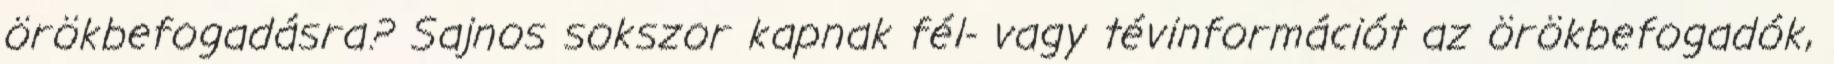
örökbefogadásra? Sajnos sokszor kapnak fél- vagy tévinformációt az örökbefogadók,